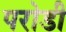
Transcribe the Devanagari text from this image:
परोडी